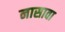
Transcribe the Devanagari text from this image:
नासावा